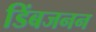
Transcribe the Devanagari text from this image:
डिंबजनन